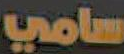
سامي